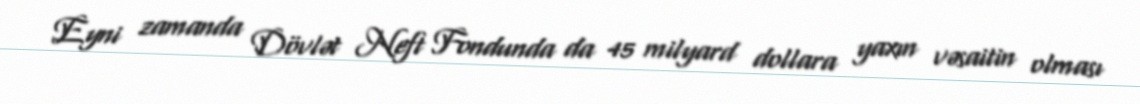
Eyni zamanda Dövlət Neft Fondunda da 45 milyard dollara yaxın vəsaitin olması